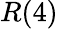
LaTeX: R(4)